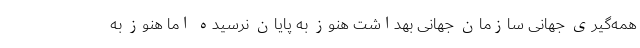
همه‌گیری جهانی سازمان جهانی بهداشت هنوز به پایان نرسیده اما هنوز به